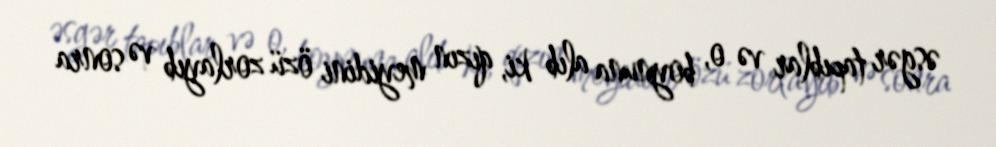
əsgər tapıblar və o, boynuna alıb ki, qızın meyidini özü zorlayıb və sonra